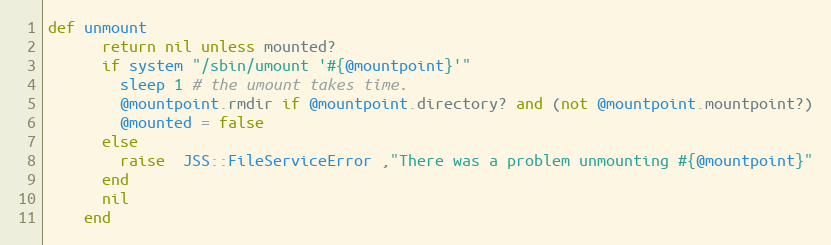
Language: Ruby
def unmount
      return nil unless mounted?
      if system "/sbin/umount '#{@mountpoint}'"
        sleep 1 # the umount takes time.
        @mountpoint.rmdir if @mountpoint.directory? and (not @mountpoint.mountpoint?)
        @mounted = false
      else
        raise  JSS::FileServiceError ,"There was a problem unmounting #{@mountpoint}"
      end
      nil
    end